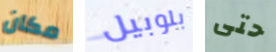
مكان بلوبيل حتى